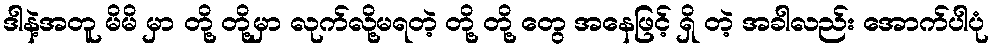
ဒါနဲ့အတူ မိမိ မှာ တို့ တို့မှာ လုက်လို့မရတဲ့ တို့ တို့ တွေ အနေဖြင့် ရှိ တဲ့ အခါလည်း အောက်ပါပုံ